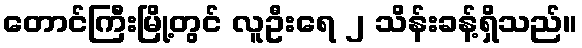
တောင်ကြီးမြို့တွင် လူဦးရေ ၂ သိန်းခန့်ရှိသည်။